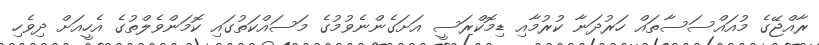
ރާއްޖޭގެ މުއައްސަސާތައް ހަރުދަނާ ކުރުމާއި ޑިމޮކްރަސީ އަށަގެންނެވުމުގެ މަސައްކަތުގައި ކޮމަންވެލްތުގެ އެހީއަށް ދިވެހި